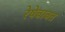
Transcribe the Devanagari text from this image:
रेषेबाबत